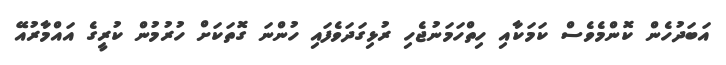
އަބަދުހެން ކޮންމެވެސް ކަމަކާއި ހިތްހަމަނުޖެހި ރުޅިގަދަވެފައި ހުންނަ ގޮތަކަށް ހުރުމުން ކުރީގެ އައްމާރުއޭ